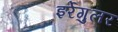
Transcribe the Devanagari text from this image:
इर्रेगुलर